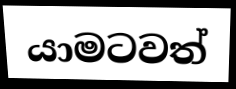
යාමටවත්